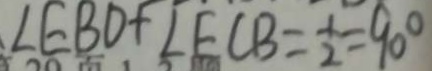
\angle E B D + \angle E C B = \frac { 1 } { 2 } = 9 0 ^ { \circ }